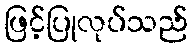
ဖြင့်ပြုလုပ်သည်